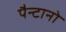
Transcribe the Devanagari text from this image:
पैन्टानो